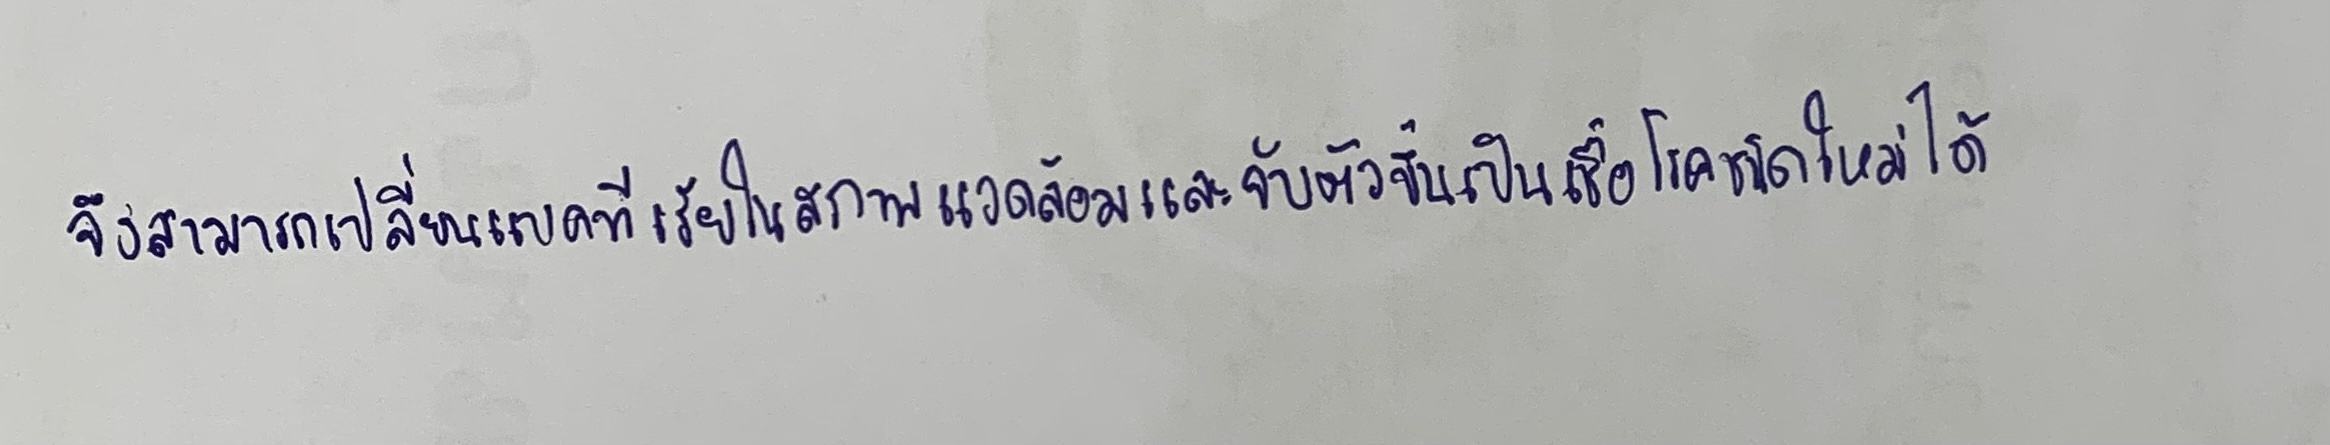
จึงสามารถเปลี่ยนแบคทีเรียในสภาพแวดล้อมและจับตัวขึ้นเป็นเชื้อโรคชนิดใหม่ได้